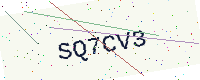
Text: SQ7CV3